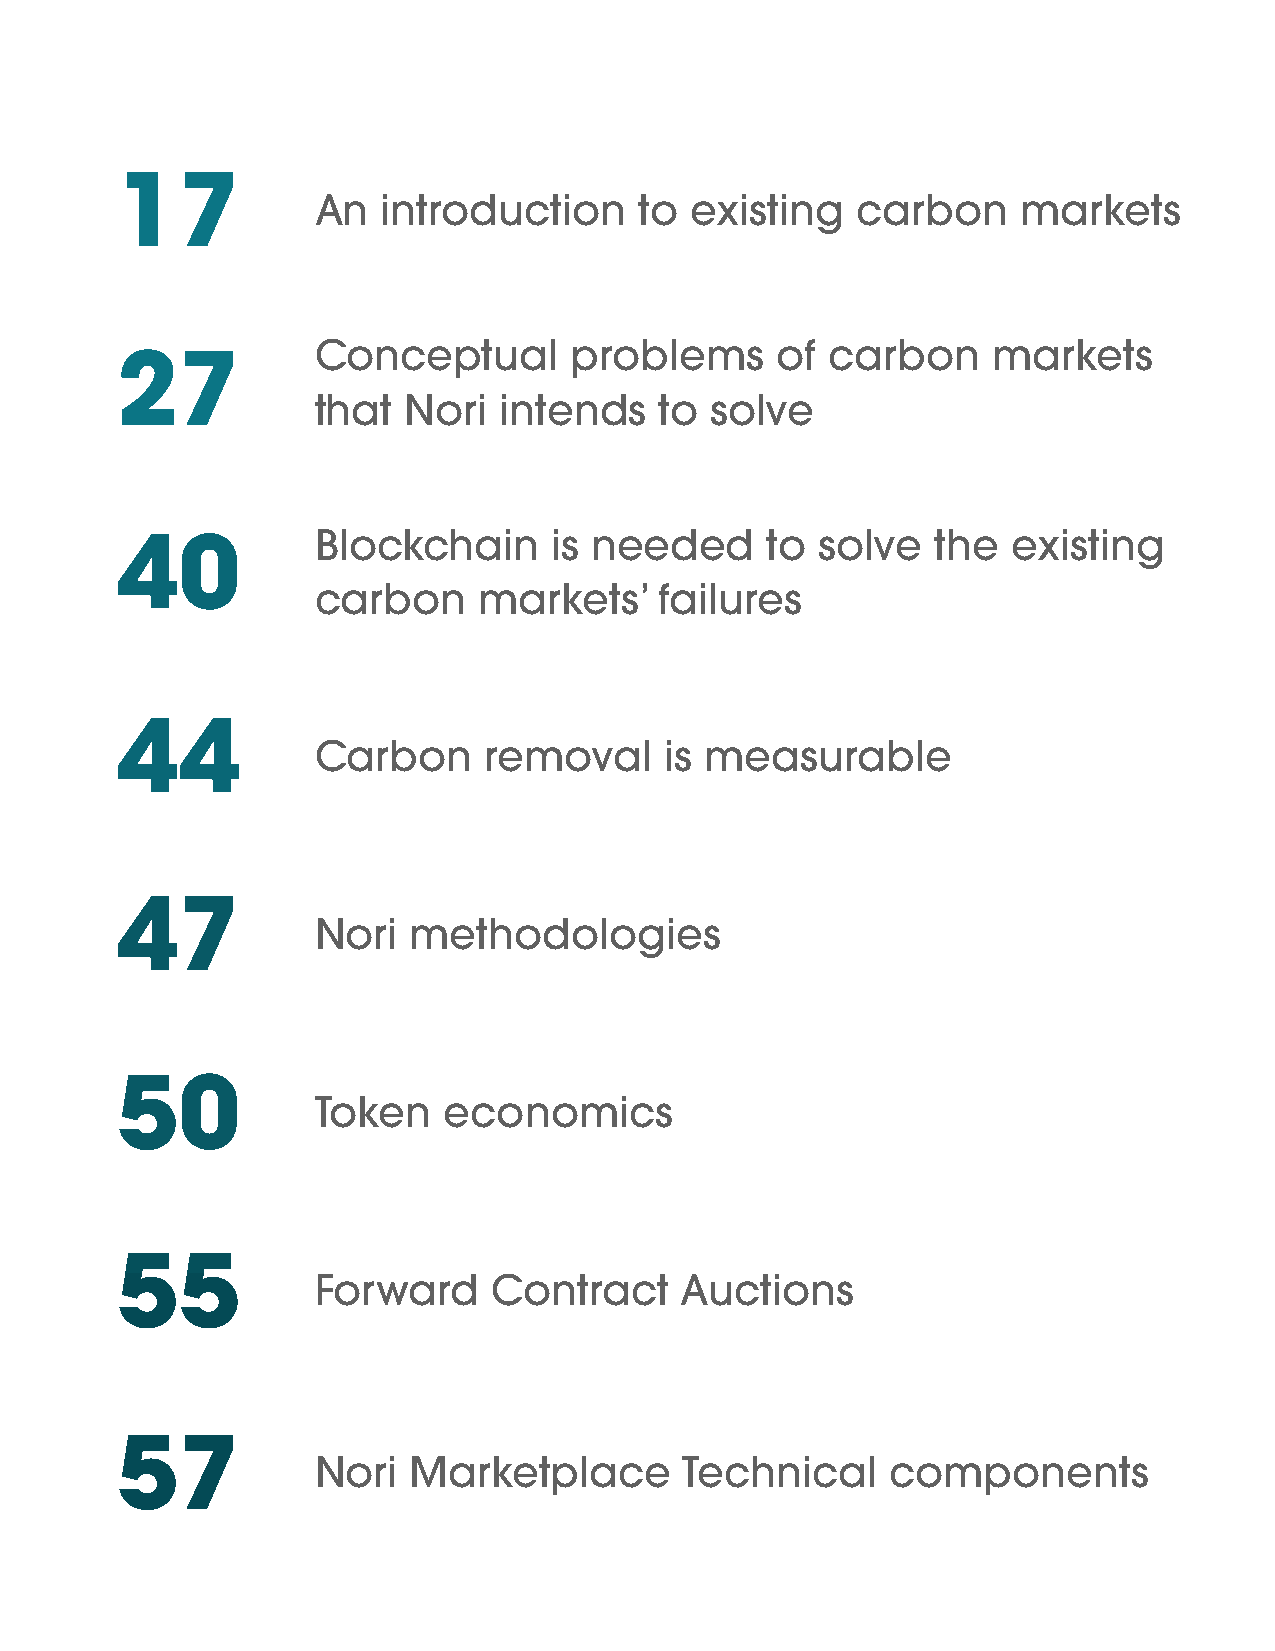
17
 An  introduction     to  existing   carbon     markets
 Conceptual       problems     of  carbon     markets
 27
 that  Nori  intends    to solve
 Blockchain      is needed     to solve   the  existing
 40
 carbon     markets’    failures
 44
 Carbon     removal     is measurable
 47
 Nori  methodologies
 50
 Token   economics
 55
 Forward     Contract    Auctions
 57
 Nori  Marketplace       Technical     components